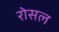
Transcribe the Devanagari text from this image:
रोसल